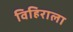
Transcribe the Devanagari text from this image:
विहिराला